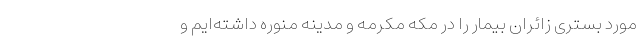
مورد بستری زائران بیمار را در مکه مکرمه و مدینه منوره داشته‌ایم و